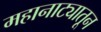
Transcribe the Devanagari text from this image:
महानाट्यातून